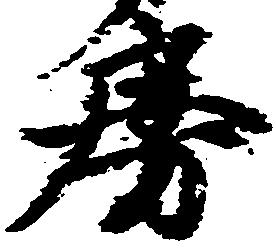
房